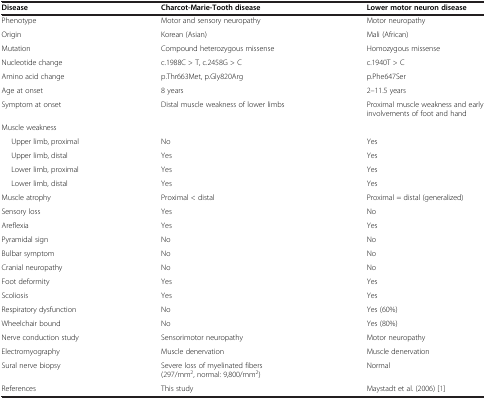
<table><thead><tr><td><b>Disease</b></td><td><b>Charcot-Marie-Tooth disease</b></td><td><b>Lower motor neuron disease</b></td></tr></thead><tbody><tr><td>Phenotype</td><td>Motor and sensory neuropathy</td><td>Motor neuropathy</td></tr><tr><td>Origin</td><td>Korean (Asian)</td><td>Mali (African)</td></tr><tr><td>Mutation</td><td>Compound heterozygous missense</td><td>Homozygous missense</td></tr><tr><td>Nucleotide change</td><td>c.1988C &gt; T, c.2458G &gt; C</td><td>c.1940T &gt; C</td></tr><tr><td>Amino acid change</td><td>p.Thr663Met, p.Gly820Arg</td><td>p.Phe647Ser</td></tr><tr><td>Age at onset</td><td>8 years</td><td>2–11.5 years</td></tr><tr><td>Symptom at onset</td><td>Distal muscle weakness of lower limbs</td><td>Proximal muscle weakness and early involvements of foot and hand</td></tr><tr><td>Muscle weakness</td><td>[EMPTY_CELL]</td><td>[EMPTY_CELL]</td></tr><tr><td>Upper limb, proximal</td><td>No</td><td>Yes</td></tr><tr><td>Upper limb, distal</td><td>Yes</td><td>Yes</td></tr><tr><td>Lower limb, proximal</td><td>Yes</td><td>Yes</td></tr><tr><td>Lower limb, distal</td><td>Yes</td><td>Yes</td></tr><tr><td>Muscle atrophy</td><td>Proximal &lt; distal</td><td>Proximal = distal (generalized)</td></tr><tr><td>Sensory loss</td><td>Yes</td><td>No</td></tr><tr><td>Areflexia</td><td>Yes</td><td>Yes</td></tr><tr><td>Pyramidal sign</td><td>No</td><td>No</td></tr><tr><td>Bulbar symptom</td><td>No</td><td>No</td></tr><tr><td>Cranial neuropathy</td><td>No</td><td>No</td></tr><tr><td>Foot deformity</td><td>Yes</td><td>Yes</td></tr><tr><td>Scoliosis</td><td>Yes</td><td>Yes</td></tr><tr><td>Respiratory dysfunction</td><td>No</td><td>Yes (60%)</td></tr><tr><td>Wheelchair bound</td><td>No</td><td>Yes (80%)</td></tr><tr><td>Nerve conduction study</td><td>Sensorimotor neuropathy</td><td>Motor neuropathy</td></tr><tr><td>Electromyography</td><td>Muscle denervation</td><td>Muscle denervation</td></tr><tr><td>Sural nerve biopsy</td><td>Severe loss of myelinated fibers (297/mm<sup>2</sup>, normal: 9,800/mm<sup>2</sup>)</td><td>Normal</td></tr><tr><td>References</td><td>This study</td><td>Maystadt et al. (2006) [1]</td></tr></tbody></table>